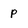
Character: p